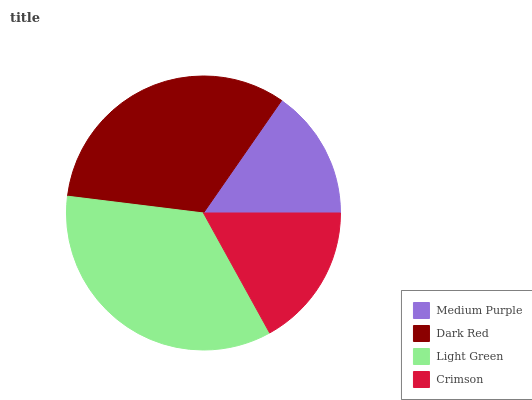
| Medium Purple | Dark Red | Light Green | Crimson |
 | --- | --- | --- | --- |
 | 15.3% | 32.6% | 35% | 17% |